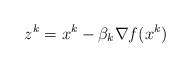
LaTeX: \begin{align*}z^k = x^k -\beta_k \nabla f(x^k)\end{align*}